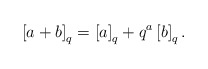
\begin{align*}\left[a+b\right]_{q}=\left[a\right]_{q}+q^{a}\left[b\right]_{q}.\end{align*}